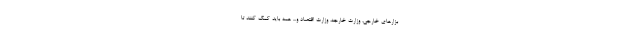
بزارهای خارجی، وزارت خارجه، وزارت اقتصاد و... همه باید کمک کنند تا